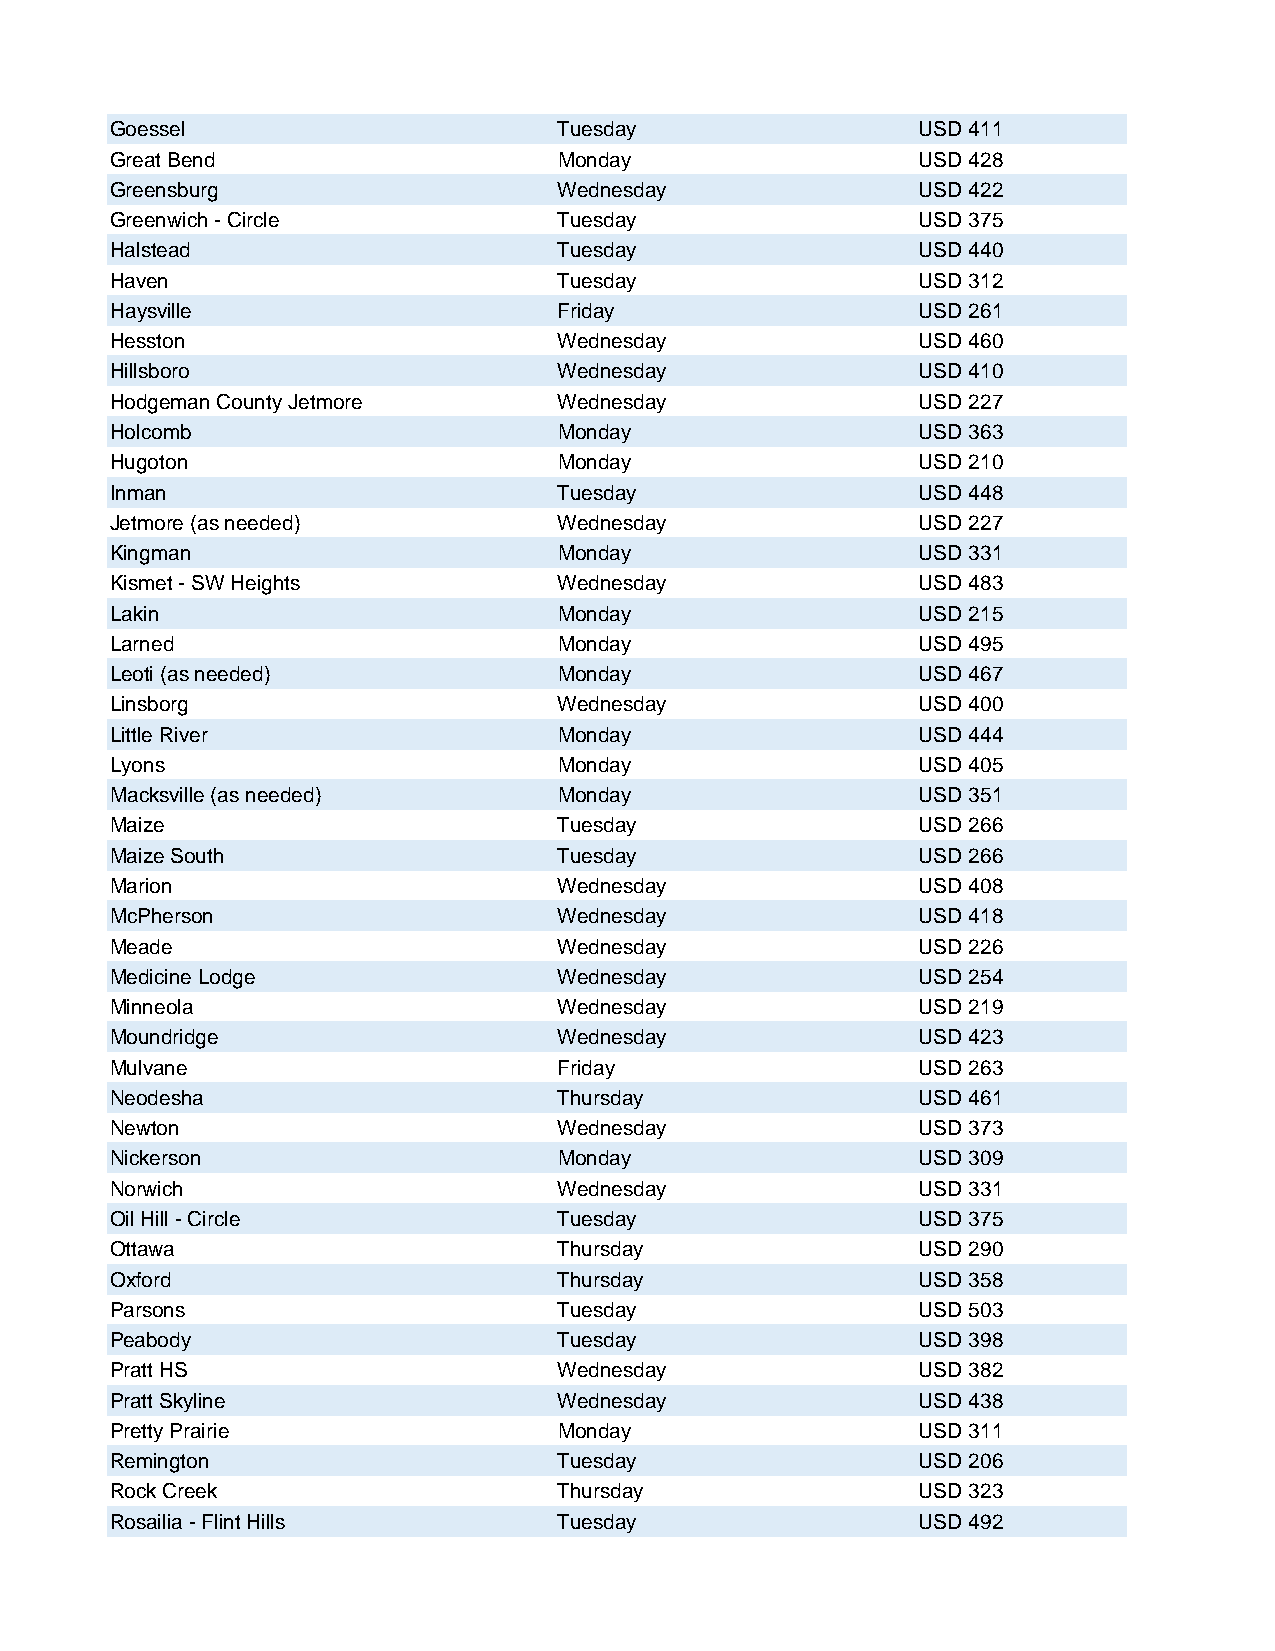
Goessel                       Tuesday                 USD 411
 Great Bend                    Monday                  USD 428
 Greensburg                    Wednesday               USD 422
 Greenwich - Circle            Tuesday                 USD 375
 Halstead                      Tuesday                 USD 440
 Haven                         Tuesday                 USD 312
 Haysville                     Friday                  USD 261
 Hesston                       Wednesday               USD 460
 Hillsboro                     Wednesday               USD 410
 Hodgeman County Jetmore       Wednesday               USD 227
 Holcomb                       Monday                  USD 363
 Hugoton                       Monday                  USD 210
 Inman                         Tuesday                 USD 448
 Jetmore (as needed)           Wednesday               USD 227
 Kingman                       Monday                  USD 331
 Kismet - SW Heights           Wednesday               USD 483
 Lakin                         Monday                  USD 215
 Larned                        Monday                  USD 495
 Leoti (as needed)             Monday                  USD 467
 Linsborg                      Wednesday               USD 400
 Little River                  Monday                  USD 444
 Lyons                         Monday                  USD 405
 Macksville (as needed)        Monday                  USD 351
 Maize                         Tuesday                 USD 266
 Maize South                   Tuesday                 USD 266
 Marion                        Wednesday               USD 408
 McPherson                     Wednesday               USD 418
 Meade                         Wednesday               USD 226
 Medicine Lodge                Wednesday               USD 254
 Minneola                      Wednesday               USD 219
 Moundridge                    Wednesday               USD 423
 Mulvane                       Friday                  USD 263
 Neodesha                      Thursday                USD 461
 Newton                        Wednesday               USD 373
 Nickerson                     Monday                  USD 309
 Norwich                       Wednesday               USD 331
 Oil Hill - Circle             Tuesday                 USD 375
 Ottawa                        Thursday                USD 290
 Oxford                        Thursday                USD 358
 Parsons                       Tuesday                 USD 503
 Peabody                       Tuesday                 USD 398
 Pratt HS                      Wednesday               USD 382
 Pratt Skyline                 Wednesday               USD 438
 Pretty Prairie                Monday                  USD 311
 Remington                     Tuesday                 USD 206
 Rock Creek                    Thursday                USD 323
 Rosailia - Flint Hills        Tuesday                 USD 492